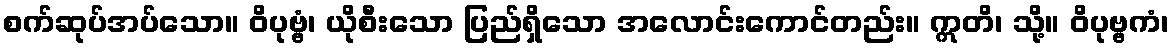
စက်ဆုပ်အပ်သော။ ဝိပုဗ္ဗံ၊ ယိုစီးသော ပြည်ရှိသော အလောင်းကောင်တည်း။ ဣတိ၊ သို့။ ဝိပုဗ္ဗကံ၊